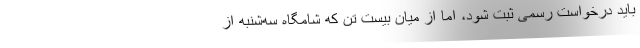
باید درخواست رسمی ثبت شود، اما از میان بیست تن که شامگاه سه‌شنبه از